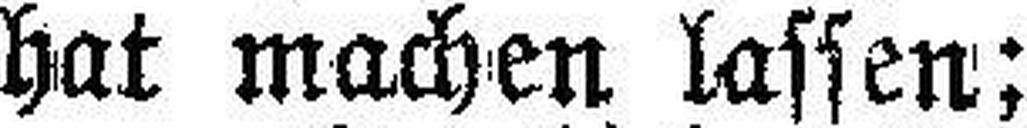
hat machen lassen;